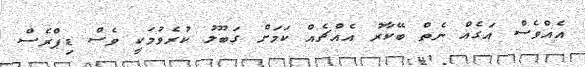
އެއްވެސް އަގެއް ނެތް ބޭކާރު އެއްޗެއް ކަމަށް ގަބޫލު ކުރެވުމަކީ ވެސް ޑިޕްރެސް